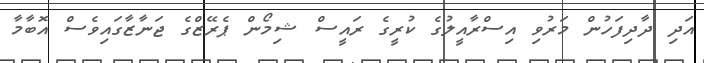
އަދި ދާދިފަހުން މަރުވި އިސްރާއީލުގެ ކުރީގެ ރައީސް ޝިމޯން ޕެރޭޒްގެ ޖަނާޒާގައިވެސް އޮބާމާ